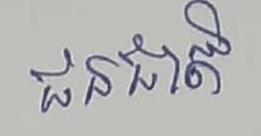
ជនជាតិ